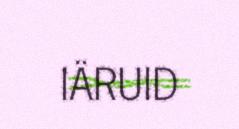
IÄRUID